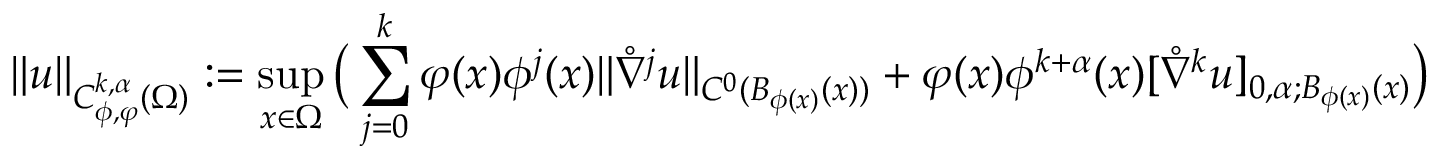
\| u \| _ { C _ { \phi , \varphi } ^ { k , \alpha } ( \Omega ) } : = \operatorname* { s u p } _ { x \in \Omega } \big ( \sum _ { j = 0 } ^ { k } \varphi ( x ) \phi ^ { j } ( x ) \| \mathring \nabla ^ { j } u \| _ { C ^ { 0 } ( B _ { \phi ( x ) } ( x ) ) } + \varphi ( x ) \phi ^ { k + \alpha } ( x ) [ \mathring \nabla ^ { k } u ] _ { 0 , \alpha ; B _ { \phi ( x ) } ( x ) } \big )